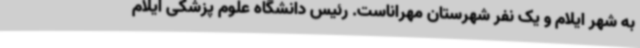
به شهر ایلام و یک نفر شهرستان مهراناست. رئیس دانشگاه علوم پزشکی ایلام